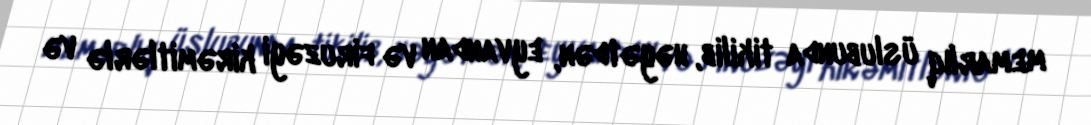
memarlıq üslubunda tikilib, həyətdən, eyvandan və firuzəyi kirəmitlərlə və